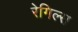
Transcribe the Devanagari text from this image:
रेगिल्स